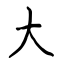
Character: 大